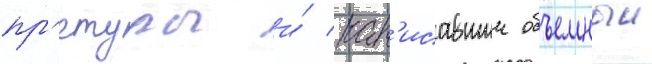
пр'етуры и́ нап'исавшии объемныи